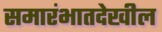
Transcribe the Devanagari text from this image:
समारंभातदेखील